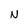
Character: N